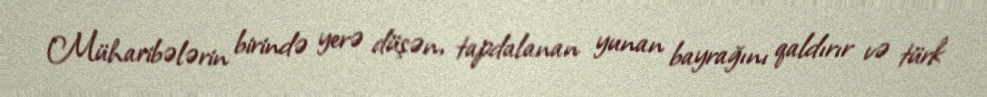
Müharibələrin birində yerə düşən, tapdalanan yunan bayrağını qaldırır və türk